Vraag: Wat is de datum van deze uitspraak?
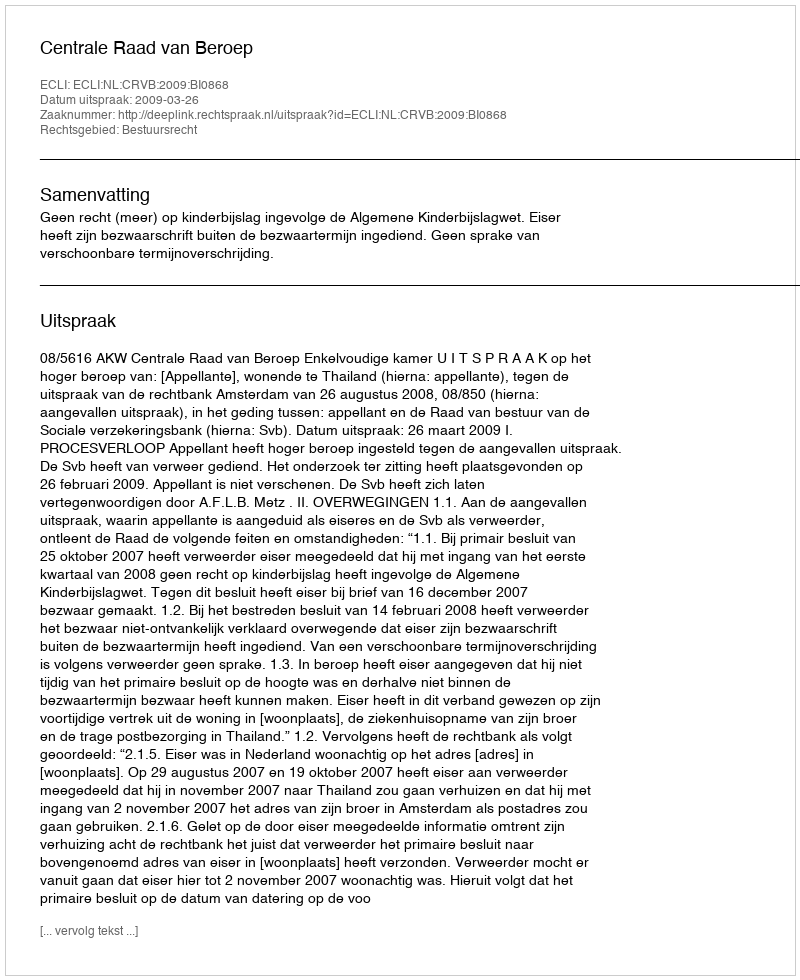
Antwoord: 2009-03-26